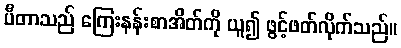
ပီတာသည် ကြေးနန်းစာအိတ်ကို ယူ၍ ဖွင့်ဖတ်လိုက်သည်။